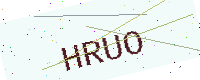
Text: HRUO